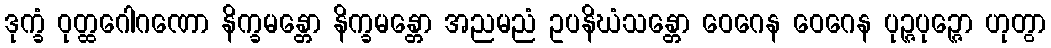
ဒုက္ခံ ဝုတ္ထဂေါဂဏော နိက္ခမန္တော နိက္ခမန္တော အညမညံ ဥပနိဃံသန္တော ဝေဂေန ဝေဂေန ပုဉ္ဇပုဉ္ဇော ဟုတွာ